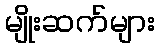
မျိုးဆက်များ